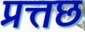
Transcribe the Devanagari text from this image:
प्रत्तछ